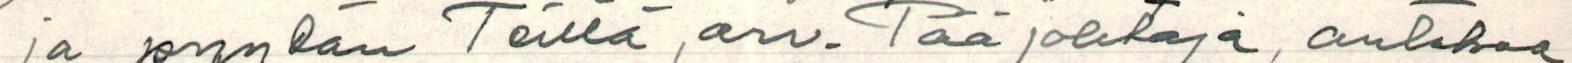
ja pyydän teiltä, arv. Pääjohtaja, antakaa